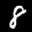
Label: 8